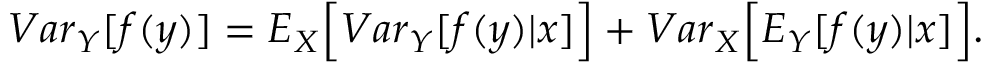
\begin{array} { r } { { V a r } _ { Y } [ f ( y ) ] = { E } _ { X } \Big [ { V a r } _ { Y } [ f ( y ) | x ] \Big ] + { V a r } _ { X } \Big [ { E } _ { Y } [ f ( y ) | x ] \Big ] . } \end{array}